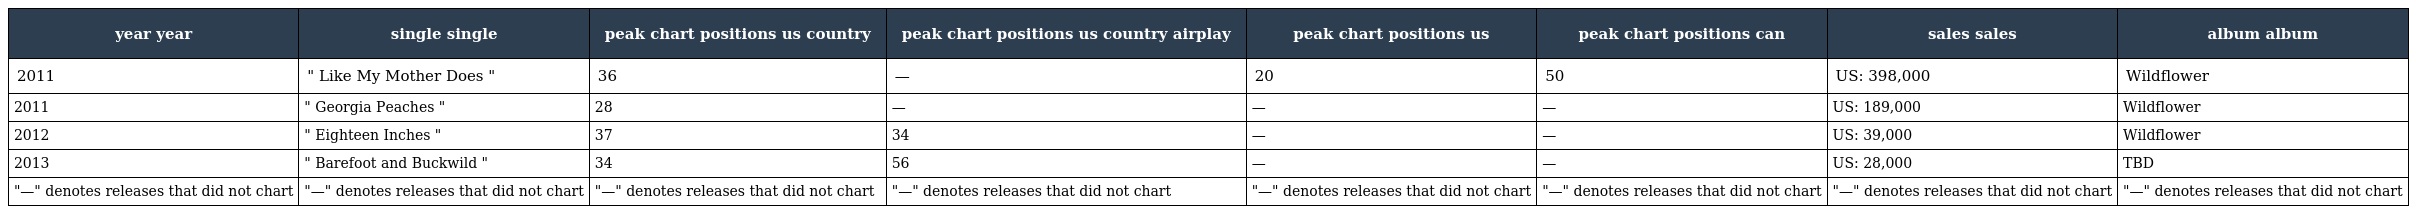
| year year | single single | peak chart positions us country | peak chart positions us country airplay | peak chart positions us | peak chart positions can | sales sales | album album |
 | --- | --- | --- | --- | --- | --- | --- | --- |
 | 2011 | " Like My Mother Does " | 36 | — | 20 | 50 | US: 398,000 | Wildflower |
 | 2011 | " Georgia Peaches " | 28 | — | — | — | US: 189,000 | Wildflower |
 | 2012 | " Eighteen Inches " | 37 | 34 | — | — | US: 39,000 | Wildflower |
 | 2013 | " Barefoot and Buckwild " | 34 | 56 | — | — | US: 28,000 | TBD |
 | "—" denotes releases that did not chart | "—" denotes releases that did not chart | "—" denotes releases that did not chart | "—" denotes releases that did not chart | "—" denotes releases that did not chart | "—" denotes releases that did not chart | "—" denotes releases that did not chart | "—" denotes releases that did not chart |